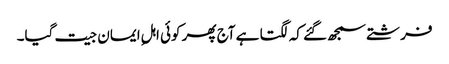
فرشتے سمجھ گئے کہ لگتا ہے آج پھر کوئی اہلِ ایمان جیت گیا۔